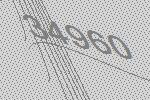
34960